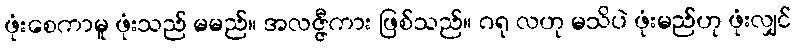
ဖုံးစေကာမူ ဖုံးသည် မမည်။ အလဇ္ဇီကား ဖြစ်သည်။ ဂရု လဟု မသိပဲ ဖုံးမည်ဟု ဖုံးလျှင်